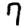
Digit: 7